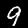
Digit: 9